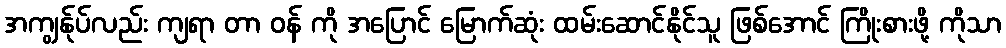
အကျွန်ုပ်လည်း ကျရာ တာ ဝန် ကို အပြောင် မြောက်ဆုံး ထမ်းဆောင်နိုင်သူ ဖြစ်အောင် ကြိုးစားဖို့ ကိုသာ